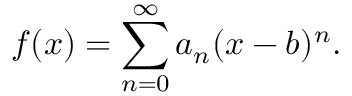
f ( x ) = \sum _ { n = 0 } ^ { \infty } a _ { n } ( x - b ) ^ { n } .